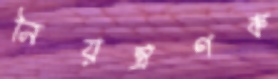
নিয়ন্ত্রণক